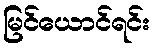
မြင်ယောင်ရင်း